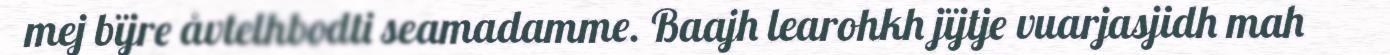
mej bïjre åvtelhbodti seamadamme. Baajh learohkh jïjtje vuarjasjidh mah